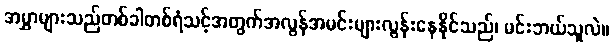
အမွှာများသည်တစ်ခါတစ်ရံသင့်အတွက်အလွန်အမင်းများလွန်းနေနိုင်သည်၊ မင်းဘယ်သူလဲ။